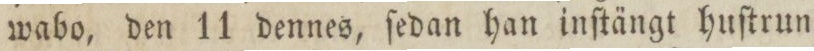
wabo, den 11 dennes, ſedan han inſtängt huſtrun